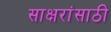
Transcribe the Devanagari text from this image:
साक्षरांसाठी